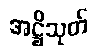
အဋ္ဌိသုတ်